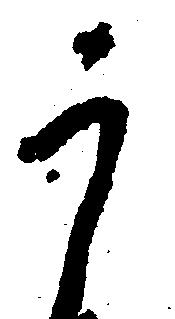
う